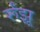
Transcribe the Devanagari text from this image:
र्रूंझू